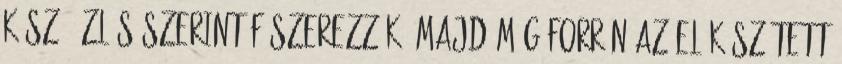
kész, ízlés szerint fűszerezzük, majd még forrón az előkészített